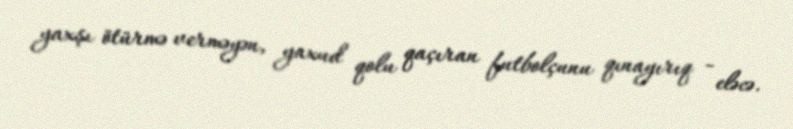
yaxşı ötürmə verməyən, yaxud qolu qaçıran futbolçunu qınayırıq - eləcə.